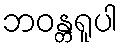
ဘဝန္တရူပါ